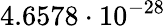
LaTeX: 4.6578\cdot 10^{-28}